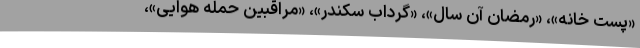
«پست خانه»، «رمضان آن سال»، «گرداب سکندر»، «مراقبین حمله هوایی»،